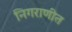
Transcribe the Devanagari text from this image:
निगराणीत